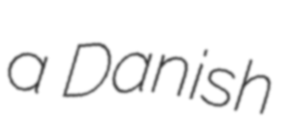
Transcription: a Danish